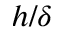
h / \delta